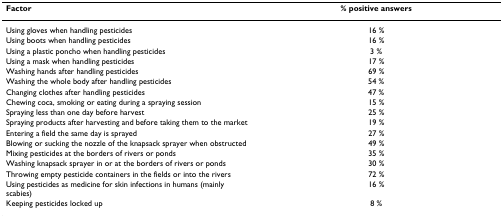
| Factor | % positive answers |
 | --- | --- |
 | Using gloves when handling pesticides | 16 % |
 | Using boots when handling pesticides | 16 % |
 | Using a plastic poncho when handling pesticides | 3 % |
 | Using a mask when handling pesticides | 17 % |
 | Washing hands after handling pesticides | 69 % |
 | Washing the whole body after handling pesticides | 54 % |
 | Changing clothes after handling pesticides | 47 % |
 | Chewing coca, smoking or eating during a spraying session | 15 % |
 | Spraying less than one day before harvest | 25 % |
 | Spraying products after harvesting and before taking them to the market | 19 % |
 | Entering a field the same day is sprayed | 27 % |
 | Blowing or sucking the nozzle of the knapsack sprayer when obstructed | 49 % |
 | Mixing pesticides at the borders of rivers or ponds | 35 % |
 | Washing knapsack sprayer in or at the borders of rivers or ponds | 30 % |
 | Throwing empty pesticide containers in the fields or into the rivers | 72 % |
 | Using pesticides as medicine for skin infections in humans (mainly scabies) | 16 % |
 | Keeping pesticides locked up | 8 % |